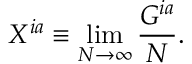
X ^ { i a } \equiv \operatorname * { l i m } _ { N \rightarrow \infty } { \frac { G ^ { i a } } { N } } .